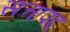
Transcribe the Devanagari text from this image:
सत्तापद